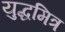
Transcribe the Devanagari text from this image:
युद्धमित्र